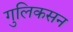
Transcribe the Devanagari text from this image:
गुलिकसन